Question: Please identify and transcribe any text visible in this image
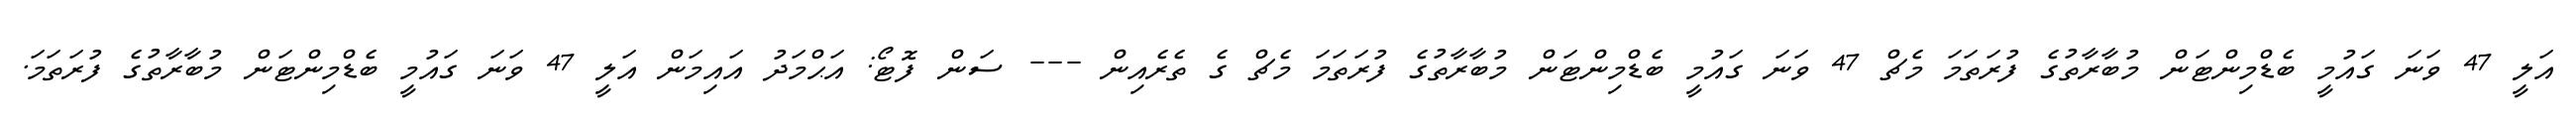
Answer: އަލީ 47 ވަނަ ގައުމީ ބެޑްމިންޓަން މުބާރާތުގެ ފުރަތަމަ މެޗް 47 ވަނަ ގައުމީ ބެޑްމިންޓަން މުބާރާތުގެ ފުރަތަމަ މެޗް ގެ ތެރެއިން --- ސަން ފޮޓޯ: އަޙްމަދު އައިމަން އަލީ 47 ވަނަ ގައުމީ ބެޑްމިންޓަން މުބާރާތުގެ ފުރަތަމަ.